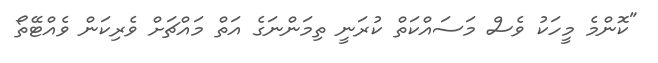
"ކޮންމެ މީހަކު ވެސް މަސައްކަތް ކުރަނީ ތިމަންނަގެ އަތް މައްޗަށް ވެރިކަން ވެއްޓޭތޯ